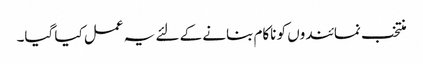
منتخب نمائندوں کو ناکام بنانے کے لئے یہ عمل کیا گیا۔